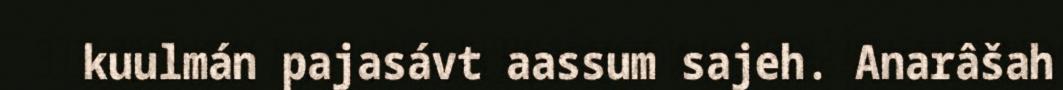
kuulmán pajasávt aassum sajeh. Anarâšah